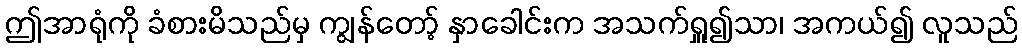
ဤအာရုံကို ခံစားမိသည်မှ ကျွန်တော့် နှာခေါင်းက အသက်ရှူ၍သာ၊ အကယ်၍ လူသည်